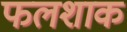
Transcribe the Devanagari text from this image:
फलशाक